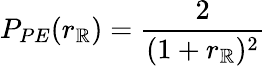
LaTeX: P_{PE}(r_{\mathbb{R}})=\frac{2}{(1+r_{\mathbb{R}})^{2}}